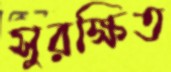
সুরক্ষিত